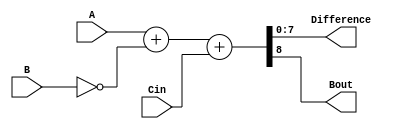
module CarryLookaheadSubtractor (
    input [7:0] A,
    input [7:0] B,
    input Cin,
    output [7:0] Difference,
    output Bout
);

assign {Bout, Difference} = A + ~B + Cin;

endmodule